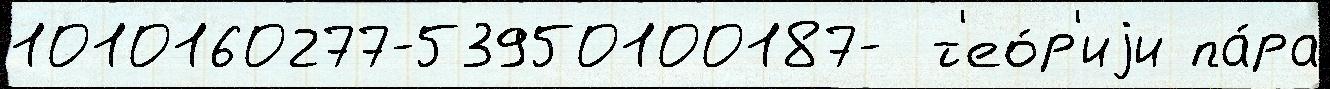
1010160277-53950100187-  т'ео́р'иjи па́ра